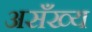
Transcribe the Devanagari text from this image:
असँख्य